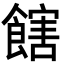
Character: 𩝛